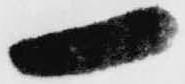
一